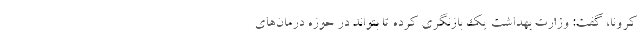
کرونا، گفت: وزارت بهداشت یک بازنگری کرده تا بتواند در حوزه درمان‌های